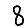
Digit: 8